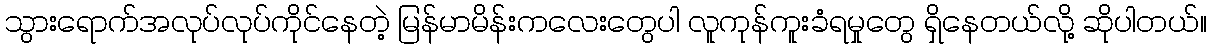
သွားရောက်အလုပ်လုပ်ကိုင်နေတဲ့ မြန်မာမိန်းကလေးတွေပါ လူကုန်ကူးခံရမှုတွေ ရှိနေတယ်လို့ ဆိုပါတယ်။